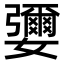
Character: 㜷